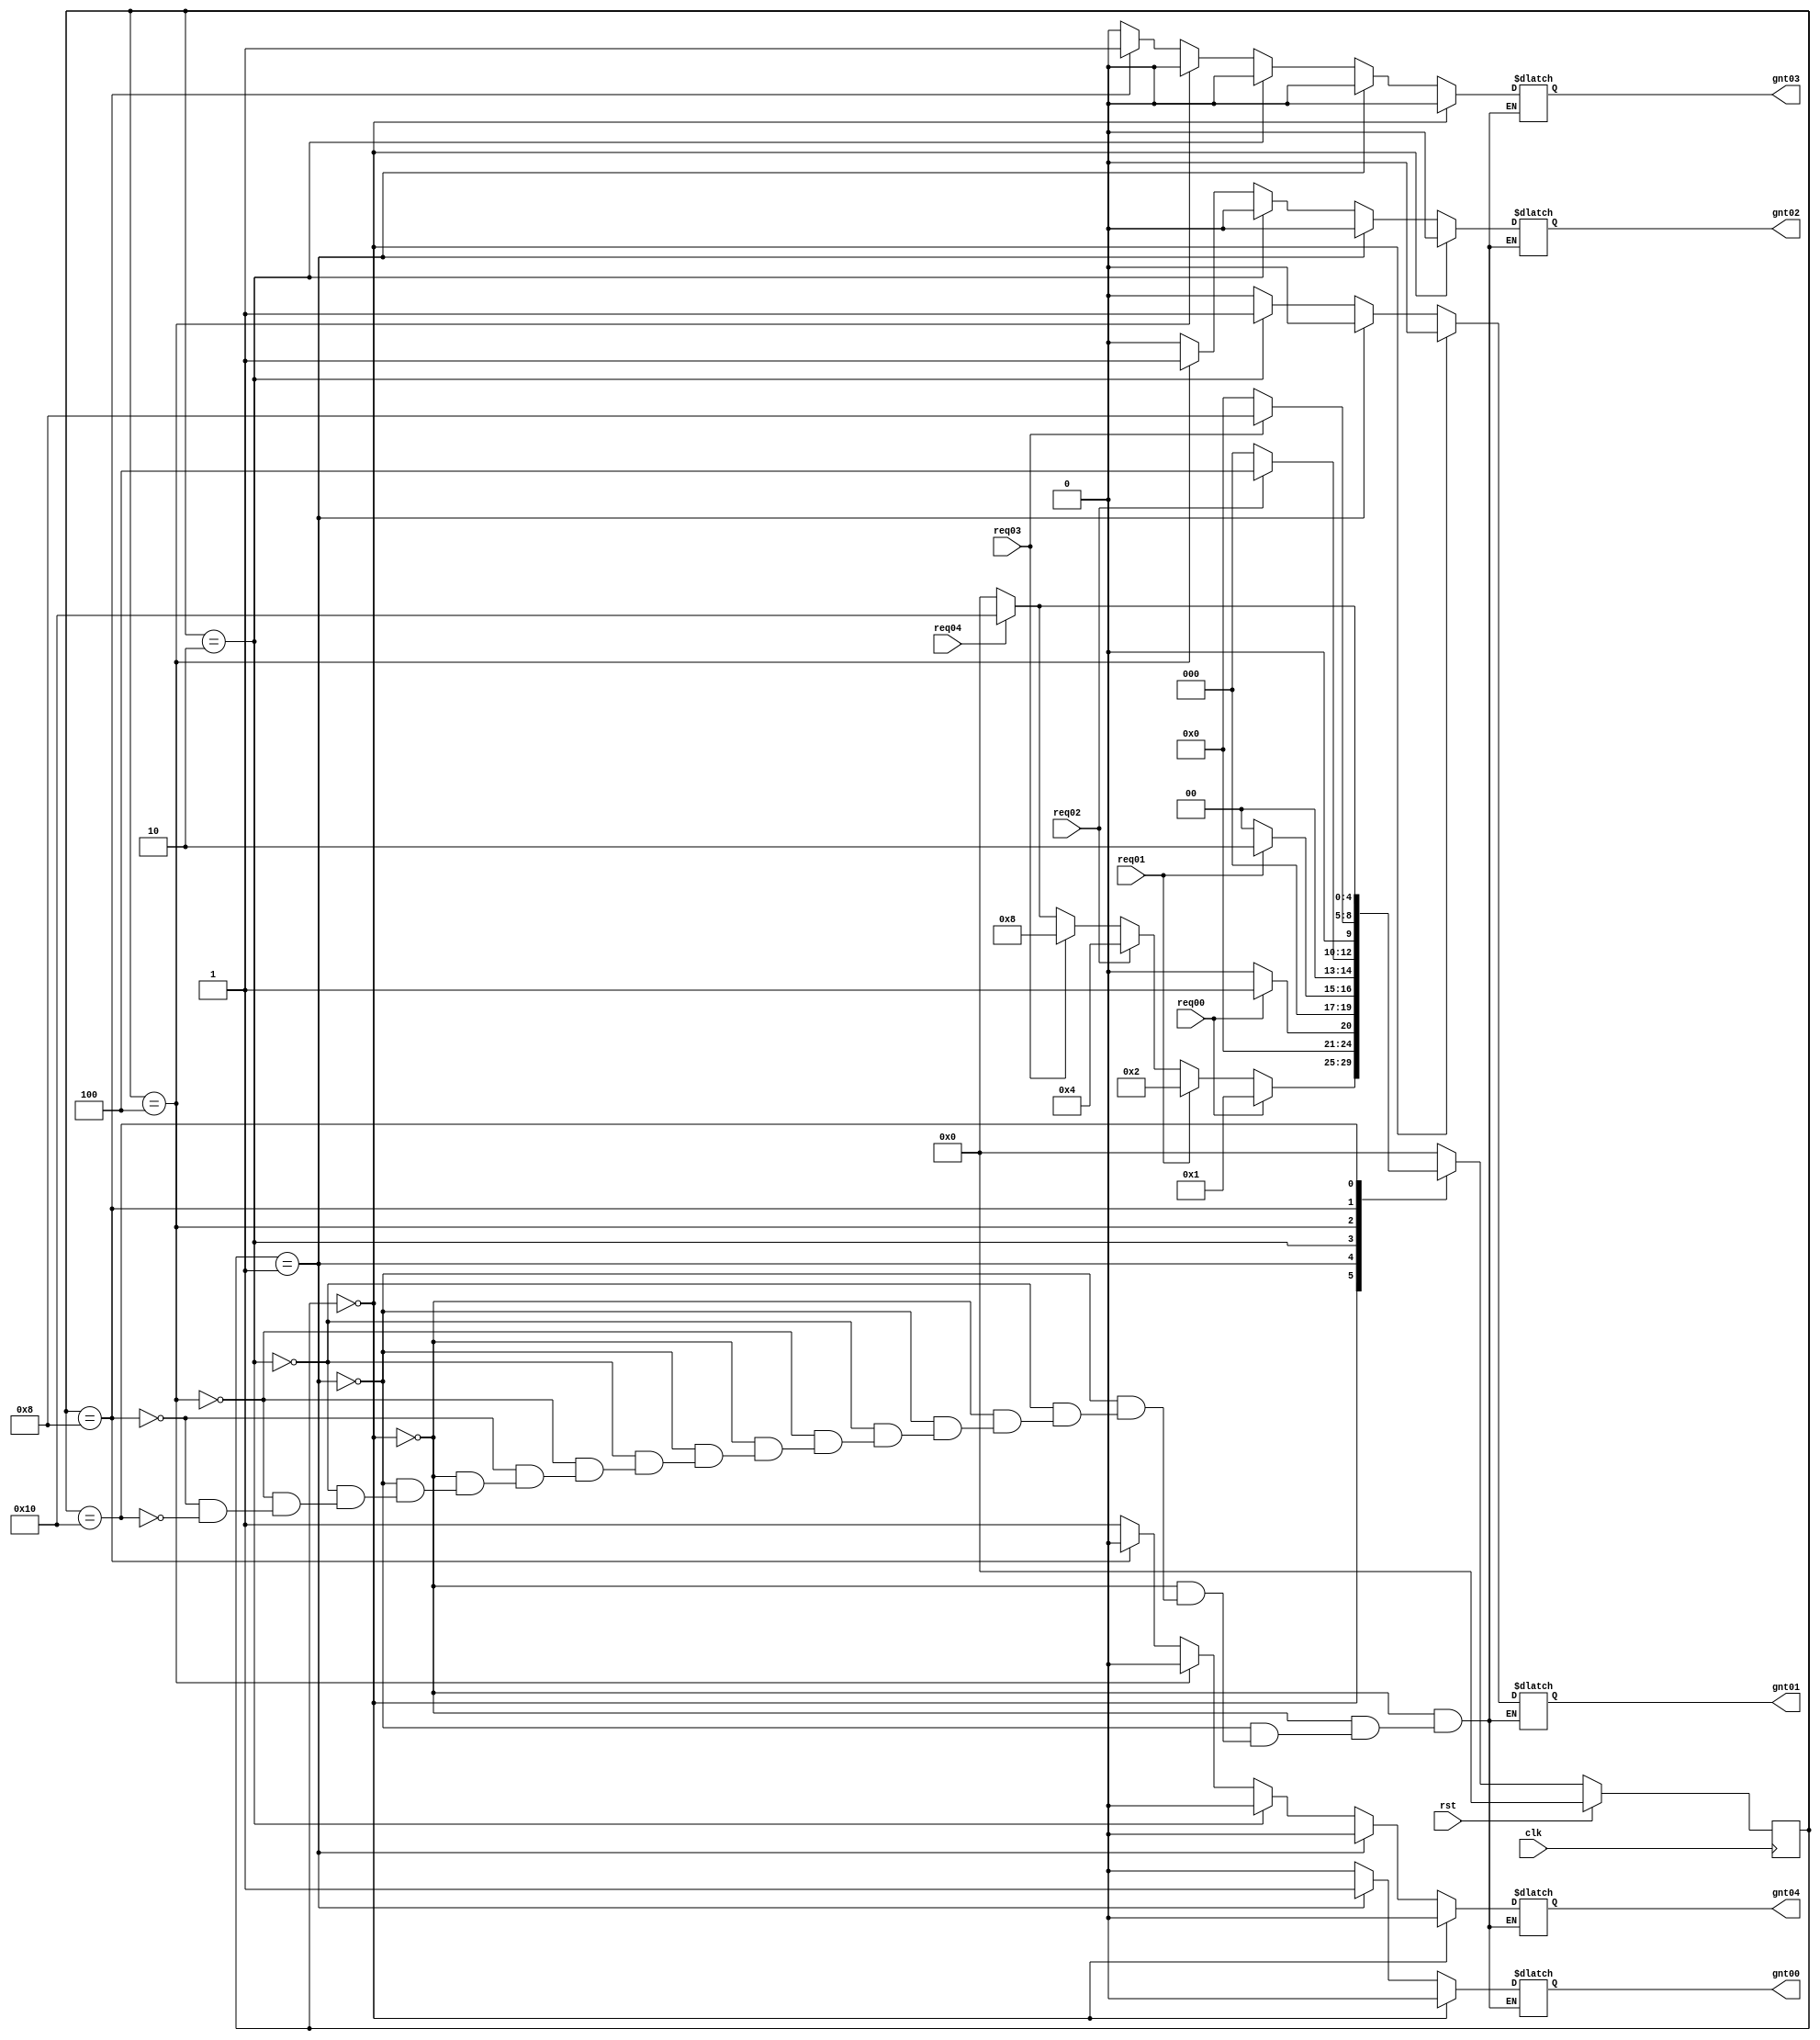
`timescale 1ns / 1ps
//////////////////////////////////////////////////////////////////////////////////
// Company: 
// Engineer: 
// 
// Design Name: 
// Module Name:    arbiter0 
// Project Name: 
// Target Devices: 
// Tool versions: 
// Description: 
//
// Dependencies: 
//
// Revision: 
// Revision 0.01 - File Created
// Additional Comments: 
//
//////////////////////////////////////////////////////////////////////////////////
module arbiterR20(gnt04,gnt03,gnt02,gnt01,gnt00,req04,req03,req02,req01,req00,clk,rst);

   output reg gnt04,gnt03,gnt02,gnt01,gnt00;
   input      req04,req03,req02,req01,req00;
   input      clk,rst;

   parameter idle=5'b00000;
   parameter GNT4=5'b10000;
	parameter GNT3=5'b01000;
   parameter GNT2=5'b00100;
   parameter GNT1=5'b00010;
   parameter GNT0=5'b00001;
	
	

   reg [4:0]  state,next_state;

   always @ (posedge clk)
     begin
    if(rst)
      state=idle;
    else
      state=next_state;
     end

   always @ (state,req04,req03,req02,req01,req00)
     begin
    next_state=0;

    case (state)

      idle:begin

         if(req00)
           next_state=GNT0;
         else if(req01)
           next_state=GNT1;
         else if(req02)
           next_state=GNT2;
         else if(req03)
           next_state=GNT3;
			else if(req04)
           next_state=GNT4;
         else
           next_state=idle;
      end // case: idle

      GNT0:begin

         if(req00)
           next_state=GNT0;
         else
           next_state=idle;
      end

      GNT1:begin
         if(req01)
           next_state=GNT1;
         else
           next_state=idle;
      end

      GNT2:begin
         if(req02)
           next_state=GNT2;
         else
           next_state=idle;
      end

      GNT3:begin
         if(req03)
           next_state=GNT3;
         else
           next_state=idle;
      end
		
		 GNT4:begin
         if(req04)
           next_state=GNT4;
         else
           next_state=idle;
      end
		
    endcase // case (state)
     end // always @ (state,req3,req2,req1,req0)

always @ (state)
  begin
     if(state==idle)
       begin
		gnt04=0;
      gnt03=0;
      gnt02=0;
      gnt01=0;
      gnt00=0;
       end
     else if(state==GNT0)
       begin
      gnt04=0;
		gnt03=0;
      gnt02=0;
      gnt01=0;
      gnt00=1;
       end
     else if(state==GNT1)
       begin
      gnt04=0;
		gnt03=0;
      gnt02=0;
      gnt01=1;
      gnt00=0;
       end
     else if(state==GNT2)
       begin
      gnt04=0;
		gnt03=0;
      gnt02=1;
      gnt01=0;
      gnt00=0;
       end
     else if(state==GNT3)
       begin
      gnt04=0;
		gnt03=1;
      gnt02=0;
      gnt01=0;
      gnt00=0;
     end
	  else if(state==GNT4)
       begin
      gnt04=1;
		gnt03=0;
      gnt02=0;
      gnt01=0;
      gnt00=0;
     end
	  
  end // always @ (state)



endmodule